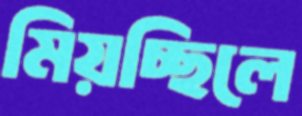
মিয়চ্ছিলে